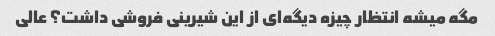
مگه میشه انتظار چیزه دیگه‌ای از این شیرینی فروشی داشت؟ عالی